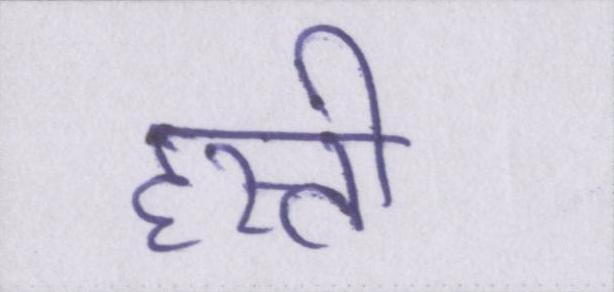
हस्ती